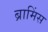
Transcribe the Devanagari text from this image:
ब्रामिंस